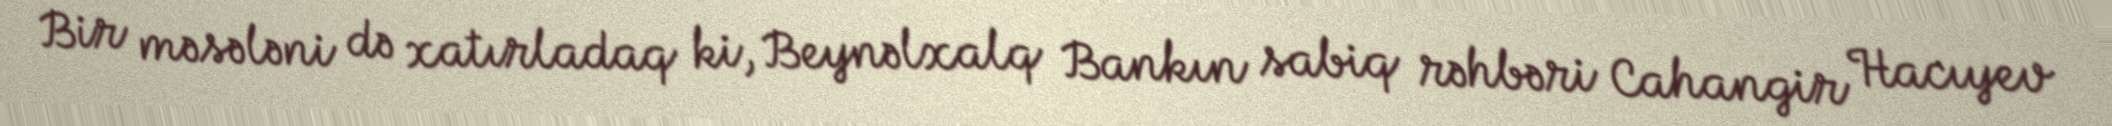
Bir məsələni də xatırladaq ki, Beynəlxalq Bankın sabiq rəhbəri Cahangir Hacıyev